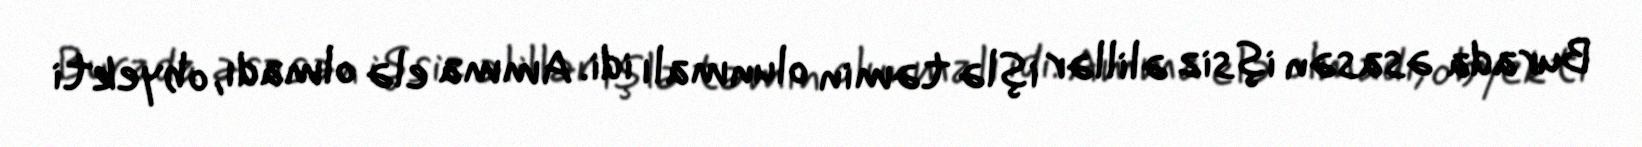
Burada əsasən işsiz əlillər işlə təmin olunmalı idi. Amma elə olmadı, obyekti